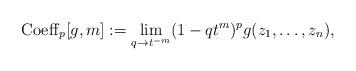
LaTeX: \begin{align*}{\rm Coeff}_p[g,m] := \lim_{q \rightarrow t^{-m}} (1-qt^{m})^p g(z_1,\dots,z_n),\end{align*}